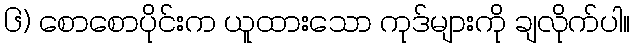
၆) စောစောပိုင်းက ယူထားသော ကုဒ်များကို ချလိုက်ပါ။